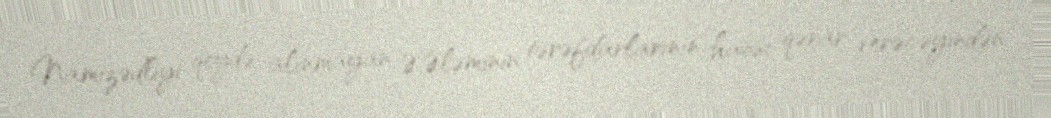
Namizədliyi qeydə alınmayan Ə.Ələminin tərəfdarlarının hansı qərar verəcəyindən